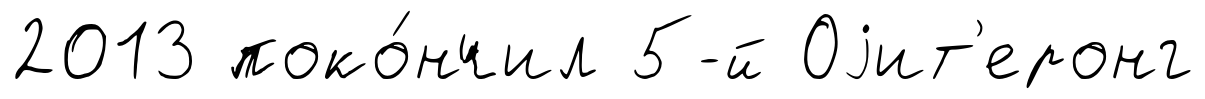
2013 поко́нчил 5-й Оjит'еронг